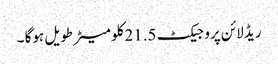
ریڈ لائن پروجیکٹ 21.5کلو میٹر طویل ہوگا ۔